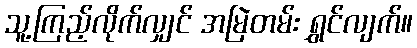
သူ့ကြည့်လိုက်လျှင် အမြဲတမ်း ရွှင်လျက်။